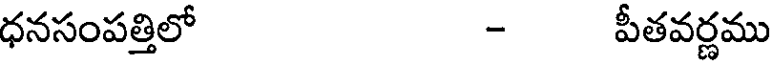
ధనసంపత్తిలో - పీతవర్ణము